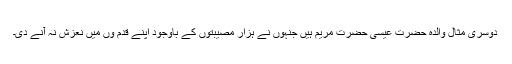
دوسری مثال والدہ حضرت عیسیٰ حضرت مریم ہیں جنہوں نے ہزار مصیبتوں کے باوجود اپنے قدم وں میں نعزش نہ آنے دی۔